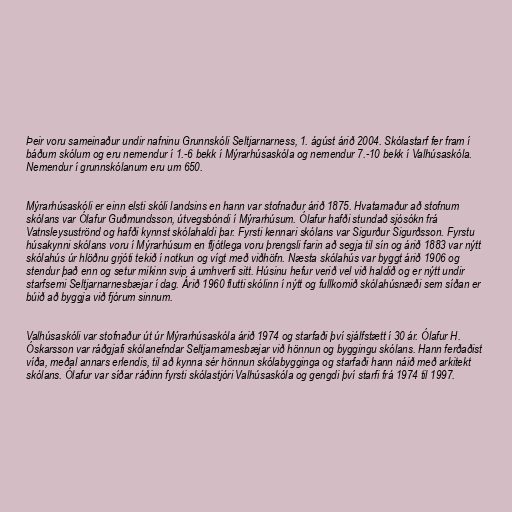
Þeir voru sameinaður undir nafninu Grunnskóli Seltjarnarness, 1. ágúst árið 2004. Skólastarf fer fram í
báðum skólum og eru nemendur í 1.-6 bekk í Mýrarhúsaskóla og nemendur 7.-10 bekk í Valhúsaskóla.
Nemendur í grunnskólanum eru um 650.

Mýrarhúsaskóli er einn elsti skóli landsins en hann var stofnaður árið 1875. Hvatamaður að stofnum
skólans var Ólafur Guðmundsson, útvegsbóndi í Mýrarhúsum. Ólafur hafði stundað sjósókn frá
Vatnsleysuströnd og hafði kynnst skólahaldi þar. Fyrsti kennari skólans var Sigurður Sigurðsson. Fyrstu
húsakynni skólans voru í Mýrarhúsum en fljótlega voru þrengsli farin að segja til sín og árið 1883 var nýtt
skólahús úr hlöðnu grjóti tekið í notkun og vígt með viðhöfn. Næsta skólahús var byggt árið 1906 og
stendur það enn og setur mikinn svip á umhverfi sitt. Húsinu hefur verið vel við haldið og er nýtt undir
starfsemi Seltjarnarnesbæjar í dag. Árið 1960 flutti skólinn í nýtt og fullkomið skólahúsnæði sem síðan er
búið að byggja við fjórum sinnum.

Valhúsaskóli var stofnaður út úr Mýrarhúsaskóla árið 1974 og starfaði því sjálfstætt í 30 ár. Ólafur H.
Óskarsson var ráðgjafi skólanefndar Seltjarnarnesbæjar við hönnun og byggingu skólans. Hann ferðaðist
víða, meðal annars erlendis, til að kynna sér hönnun skólabygginga og starfaði hann náið með arkitekt
skólans. Ólafur var síðar ráðinn fyrsti skólastjóri Valhúsaskóla og gengdi því starfi frá 1974 til 1997.